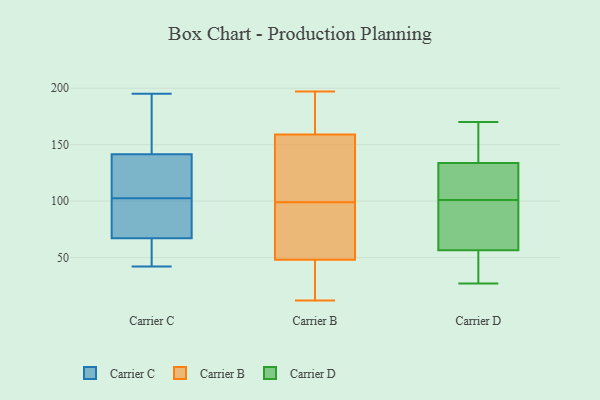
{"axis": {"x": "Latency (ms)", "y": "Value"}, "legend": ["Carrier B", "Carrier C", "Carrier D"], "data": [{"x": "", "y": 195, "type": "Carrier C"}, {"x": "", "y": 138, "type": "Carrier C"}, {"x": "", "y": 100, "type": "Carrier C"}, {"x": "", "y": 52, "type": "Carrier C"}, {"x": "", "y": 74, "type": "Carrier C"}, {"x": "", "y": 141, "type": "Carrier C"}, {"x": "", "y": 60, "type": "Carrier C"}, {"x": "", "y": 189, "type": "Carrier C"}, {"x": "", "y": 42, "type": "Carrier C"}, {"x": "", "y": 105, "type": "Carrier C"}, {"x": "", "y": 113, "type": "Carrier C"}, {"x": "", "y": 94, "type": "Carrier C"}, {"x": "", "y": 142, "type": "Carrier C"}, {"x": "", "y": 173, "type": "Carrier C"}, {"x": "", "y": 50, "type": "Carrier C"}, {"x": "", "y": 96, "type": "Carrier C"}, {"x": "", "y": 150, "type": "Carrier B"}, {"x": "", "y": 17, "type": "Carrier B"}, {"x": "", "y": 169, "type": "Carrier B"}, {"x": "", "y": 197, "type": "Carrier B"}, {"x": "", "y": 162, "type": "Carrier B"}, {"x": "", "y": 122, "type": "Carrier B"}, {"x": "", "y": 48, "type": "Carrier B"}, {"x": "", "y": 73, "type": "Carrier B"}, {"x": "", "y": 82, "type": "Carrier B"}, {"x": "", "y": 99, "type": "Carrier B"}, {"x": "", "y": 48, "type": "Carrier B"}, {"x": "", "y": 12, "type": "Carrier B"}, {"x": "", "y": 107, "type": "Carrier B"}, {"x": "", "y": 163, "type": "Carrier B"}, {"x": "", "y": 46, "type": "Carrier B"}, {"x": "", "y": 53, "type": "Carrier D"}, {"x": "", "y": 139, "type": "Carrier D"}, {"x": "", "y": 170, "type": "Carrier D"}, {"x": "", "y": 101, "type": "Carrier D"}, {"x": "", "y": 107, "type": "Carrier D"}, {"x": "", "y": 27, "type": "Carrier D"}, {"x": "", "y": 169, "type": "Carrier D"}, {"x": "", "y": 55, "type": "Carrier D"}, {"x": "", "y": 118, "type": "Carrier D"}, {"x": "", "y": 61, "type": "Carrier D"}, {"x": "", "y": 100, "type": "Carrier D"}]}